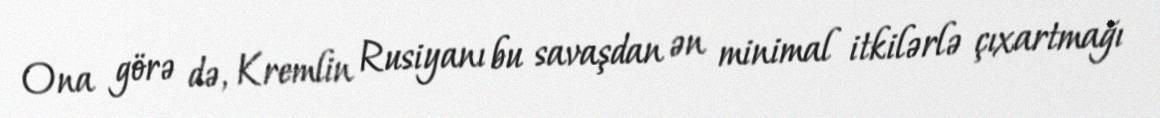
Ona görə də, Kremlin Rusiyanı bu savaşdan ən minimal itkilərlə çıxartmağı